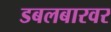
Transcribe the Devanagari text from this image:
डबलबारवर